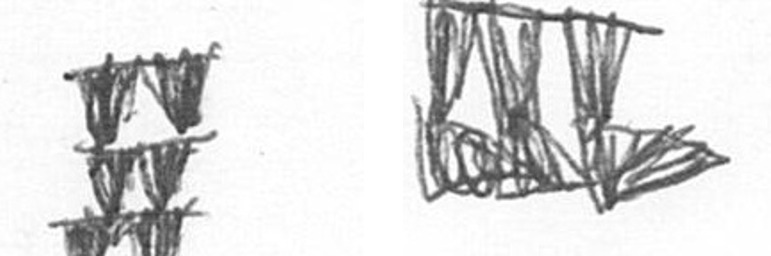
Y D